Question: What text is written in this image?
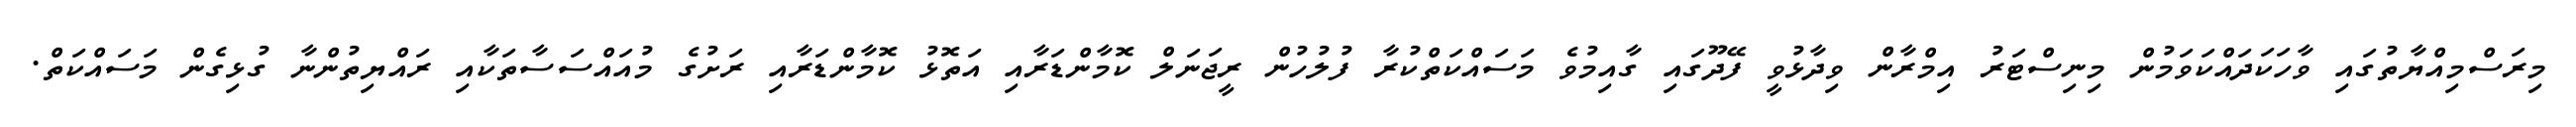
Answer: މިރަސްމިއްޔާތުގައި ވާހަކަދައްކަވަމުން މިނިސްޓަރު އިމްރާން ވިދާޅުވީ ފޭދޫގައި ގާއިމުވެ މަސައްކަތްކުރާ ފުލުހުން ރީޖަނަލް ކޮމާންޑަރާއި އަތޮޅު ކޮމާންޑަރާއި ރަށުގެ މުއައްސަސާތަކާއި ރައްޔިތުންނާ ގުޅިގެން މަސައްކަތް.